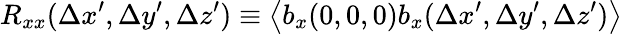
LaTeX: R_{xx}(\Delta x^{\prime},\Delta y^{\prime},\Delta z^{\prime})\equiv\left\langle b_{x}(0,0,0)b_{x}(\Delta x^{\prime},\Delta y^{\prime},\Delta z^{\prime})\right\rangle